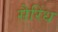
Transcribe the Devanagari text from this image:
सैरिंध